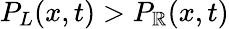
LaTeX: P_{L}(x,t)>P_{\mathbb{R}}(x,t)